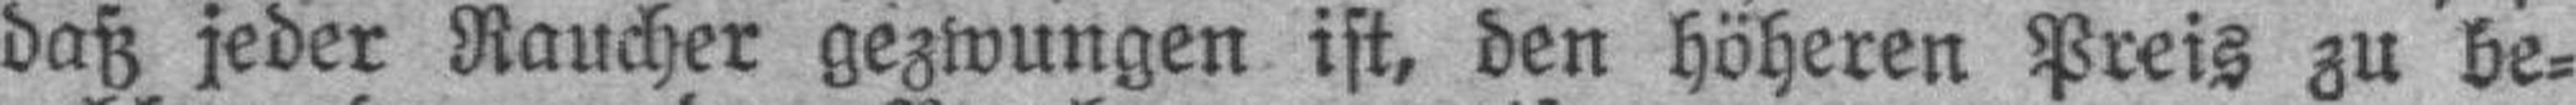
daß jeder Raucher gezwungen ist, den höheren Preis zu be¬